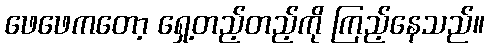
ဖေဖေကတော့ ရှေ့တည့်တည့်ကို ကြည့်နေသည်။